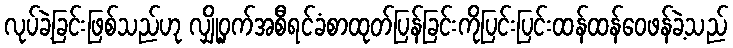
လုပ်ခဲ့ခြင်းဖြစ်သည်ဟု လျှို့ဝှက်အစီရင်ခံစာထုတ်ပြန်ခြင်းကိုပြင်းပြင်းထန်ထန်ဝေဖန်ခဲ့သည်